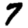
Digit: 7